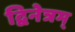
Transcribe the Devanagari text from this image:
द्विनेत्रम्